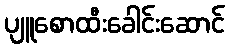
ပျူစောထီးခေါင်းဆောင်